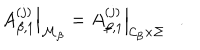
\left. A _ { \beta , 1 } ^ { ( j ) } \right| _ { { \cal M } _ { \beta } } = \left. A _ { \beta , 1 } ^ { ( j ) } \right| _ { { \cal C } _ { \beta } \times \Sigma } .